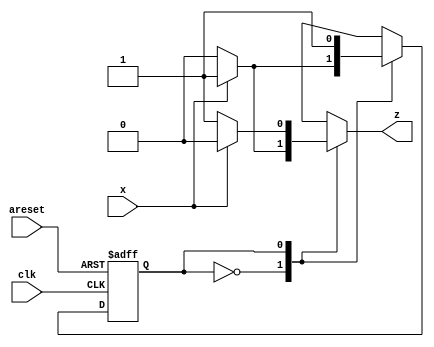
module top_module (
    input clk,
    input areset,
    input x,
    output z
); 
    
    parameter A=0, B=1;
    reg state, next;
    
    always @ (*) begin
        case (state)
            A: 	begin
                	if (x) begin
                    	next = B;
                    	z = 1;
                	end else begin
                    	next = A;
                    	z = 0;
                	end
            	end
            B:	begin
                	if (x) begin
                        next = B;
                        z = 0;
                	end else begin
                        next = B;
                        z = 1;
                    end
            end
        endcase
    end
    
    always @ (posedge clk or posedge areset) begin
        if (areset) state <= A;
        else state <= next;
    end

endmodule